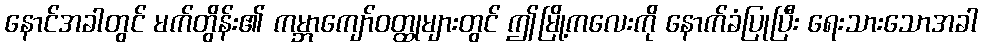
နောင်အခါတွင် မက်တွိန်း၏ ကမ္ဘာကျော်ဝတ္ထုများတွင် ဤမြို့ကလေးကို နောက်ခံပြုပြီး ရေးသားသောအခါ